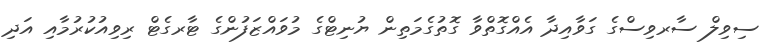
ސިވިލް ސާރވިސްގެ ގަވާއިދާ އެއްގޮތްވާ ގޮތުގެމަތިން ޔުނިޓްގެ މުވައްޒަފުންގެ ޓާރގެޓް ރިވިއުކުރުމާއި އަދި